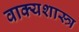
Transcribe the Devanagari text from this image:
वाक्यशास्त्र